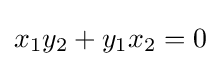
x_{1}y_{2}+y_{1}x_{2}=0